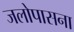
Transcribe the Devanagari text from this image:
जलोपासना